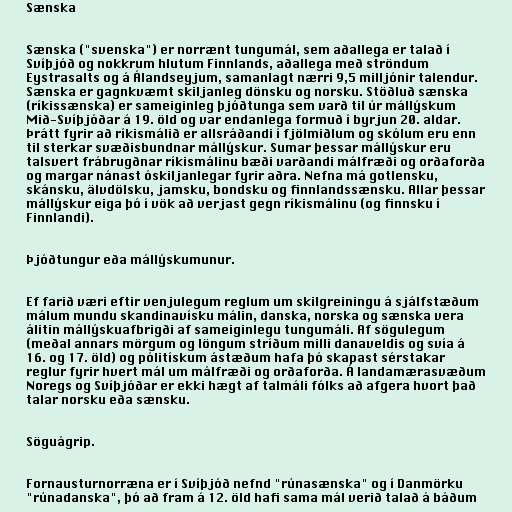
Sænska

Sænska ("svenska") er norrænt tungumál, sem aðallega er talað í
Svíþjóð og nokkrum hlutum Finnlands, aðallega með ströndum
Eystrasalts og á Álandseyjum, samanlagt nærri 9,5 milljónir talendur.
Sænska er gagnkvæmt skiljanleg dönsku og norsku. Stöðluð sænska
(ríkissænska) er sameiginleg þjóðtunga sem varð til úr mállýskum
Mið-Svíþjóðar á 19. öld og var endanlega formuð í byrjun 20. aldar.
Þrátt fyrir að ríkismálið er allsráðandi í fjölmiðlum og skólum eru enn
til sterkar svæðisbundnar mállýskur. Sumar þessar mállýskur eru
talsvert frábrugðnar ríkismálinu bæði varðandi málfræði og orðaforða
og margar nánast óskiljanlegar fyrir aðra. Nefna má gotlensku,
skánsku, älvdölsku, jamsku, bondsku og finnlandssænsku. Allar þessar
mállýskur eiga þó í vök að verjast gegn ríkismálinu (og finnsku í
Finnlandi).

Þjóðtungur eða mállýskumunur.

Ef farið væri eftir venjulegum reglum um skilgreiningu á sjálfstæðum
málum mundu skandinavísku málin, danska, norska og sænska vera
álitin mállýskuafbrigði af sameiginlegu tungumáli. Af sögulegum
(meðal annars mörgum og löngum stríðum milli danaveldis og svía á
16. og 17. öld) og pólitískum ástæðum hafa þó skapast sérstakar
reglur fyrir hvert mál um málfræði og orðaforða. Á landamærasvæðum
Noregs og Svíþjóðar er ekki hægt af talmáli fólks að afgera hvort það
talar norsku eða sænsku.

Söguágrip.

Fornausturnorræna er í Svíþjóð nefnd "rúnasænska" og í Danmörku
"rúnadanska", þó að fram á 12. öld hafi sama mál verið talað á báðum